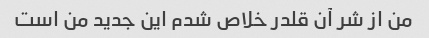
من از شر آن قلدر خلاص شدم این جدید من است